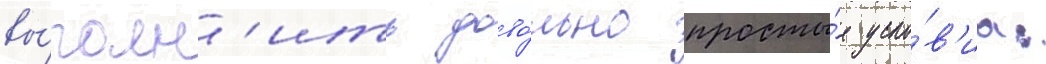
вы́полн'ить дово́льно просты́е усло́в'иа: